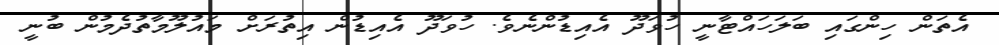
އެތަން ހިންގައި ބަލަހައްޓާނީ ހުވަދޫ އެއިޑުންނެވެ. ހުވަދޫ އެއިޑުން އިތުރަށް މައުލޫމާތުދެމުން ބުނީ